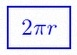
2\pi r